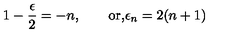
1 - { \frac { \epsilon } { 2 } } = - n , \qquad \mathrm { o r , } \epsilon _ { n } = 2 ( n + 1 )